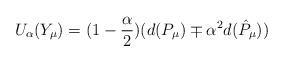
LaTeX: \begin{align*}U_\alpha (Y_\mu) = (1 - \frac{\alpha}{2})(d(P_\mu) \mp \alpha^2d(\hat{P}_\mu))\end{align*}